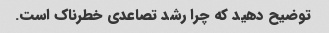
توضیح دهید که چرا رشد تصاعدی خطرناک است.